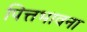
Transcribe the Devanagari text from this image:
पित्तभावना